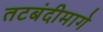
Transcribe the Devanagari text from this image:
तटबंदीमागे